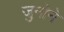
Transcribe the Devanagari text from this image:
जुनोने